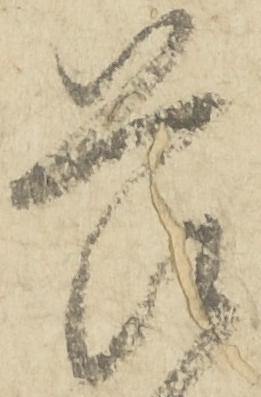
畏